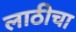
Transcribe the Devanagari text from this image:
लाठीचा